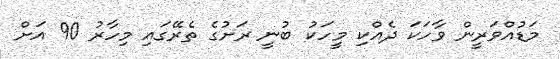
މަޑުއްވަރީން ވާހަކަ ދެއްކި މީހަކު ބުނީ ރަށުގެ ތެރޭގައި މިހާރު 90 އަށް